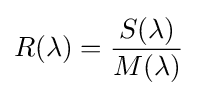
R(\lambda )={\frac {S(\lambda )}{M(\lambda )}}